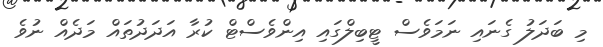
މި ބަދަލު ގެނައި ނަމަވެސް ޓީބިލްގައި އިންވެސްޓް ކުރާ އަދަދުތައް މަދެއް ނުވެ